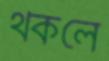
থকলে